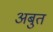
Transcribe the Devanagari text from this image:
अबुत